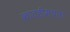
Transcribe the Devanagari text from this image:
कातडीमधला